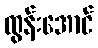
ထွန်းအောင်